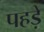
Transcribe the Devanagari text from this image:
पहड़े